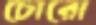
চোরো